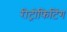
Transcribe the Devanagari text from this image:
रीट्रोफिटिंग